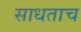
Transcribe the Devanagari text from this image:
साधताच